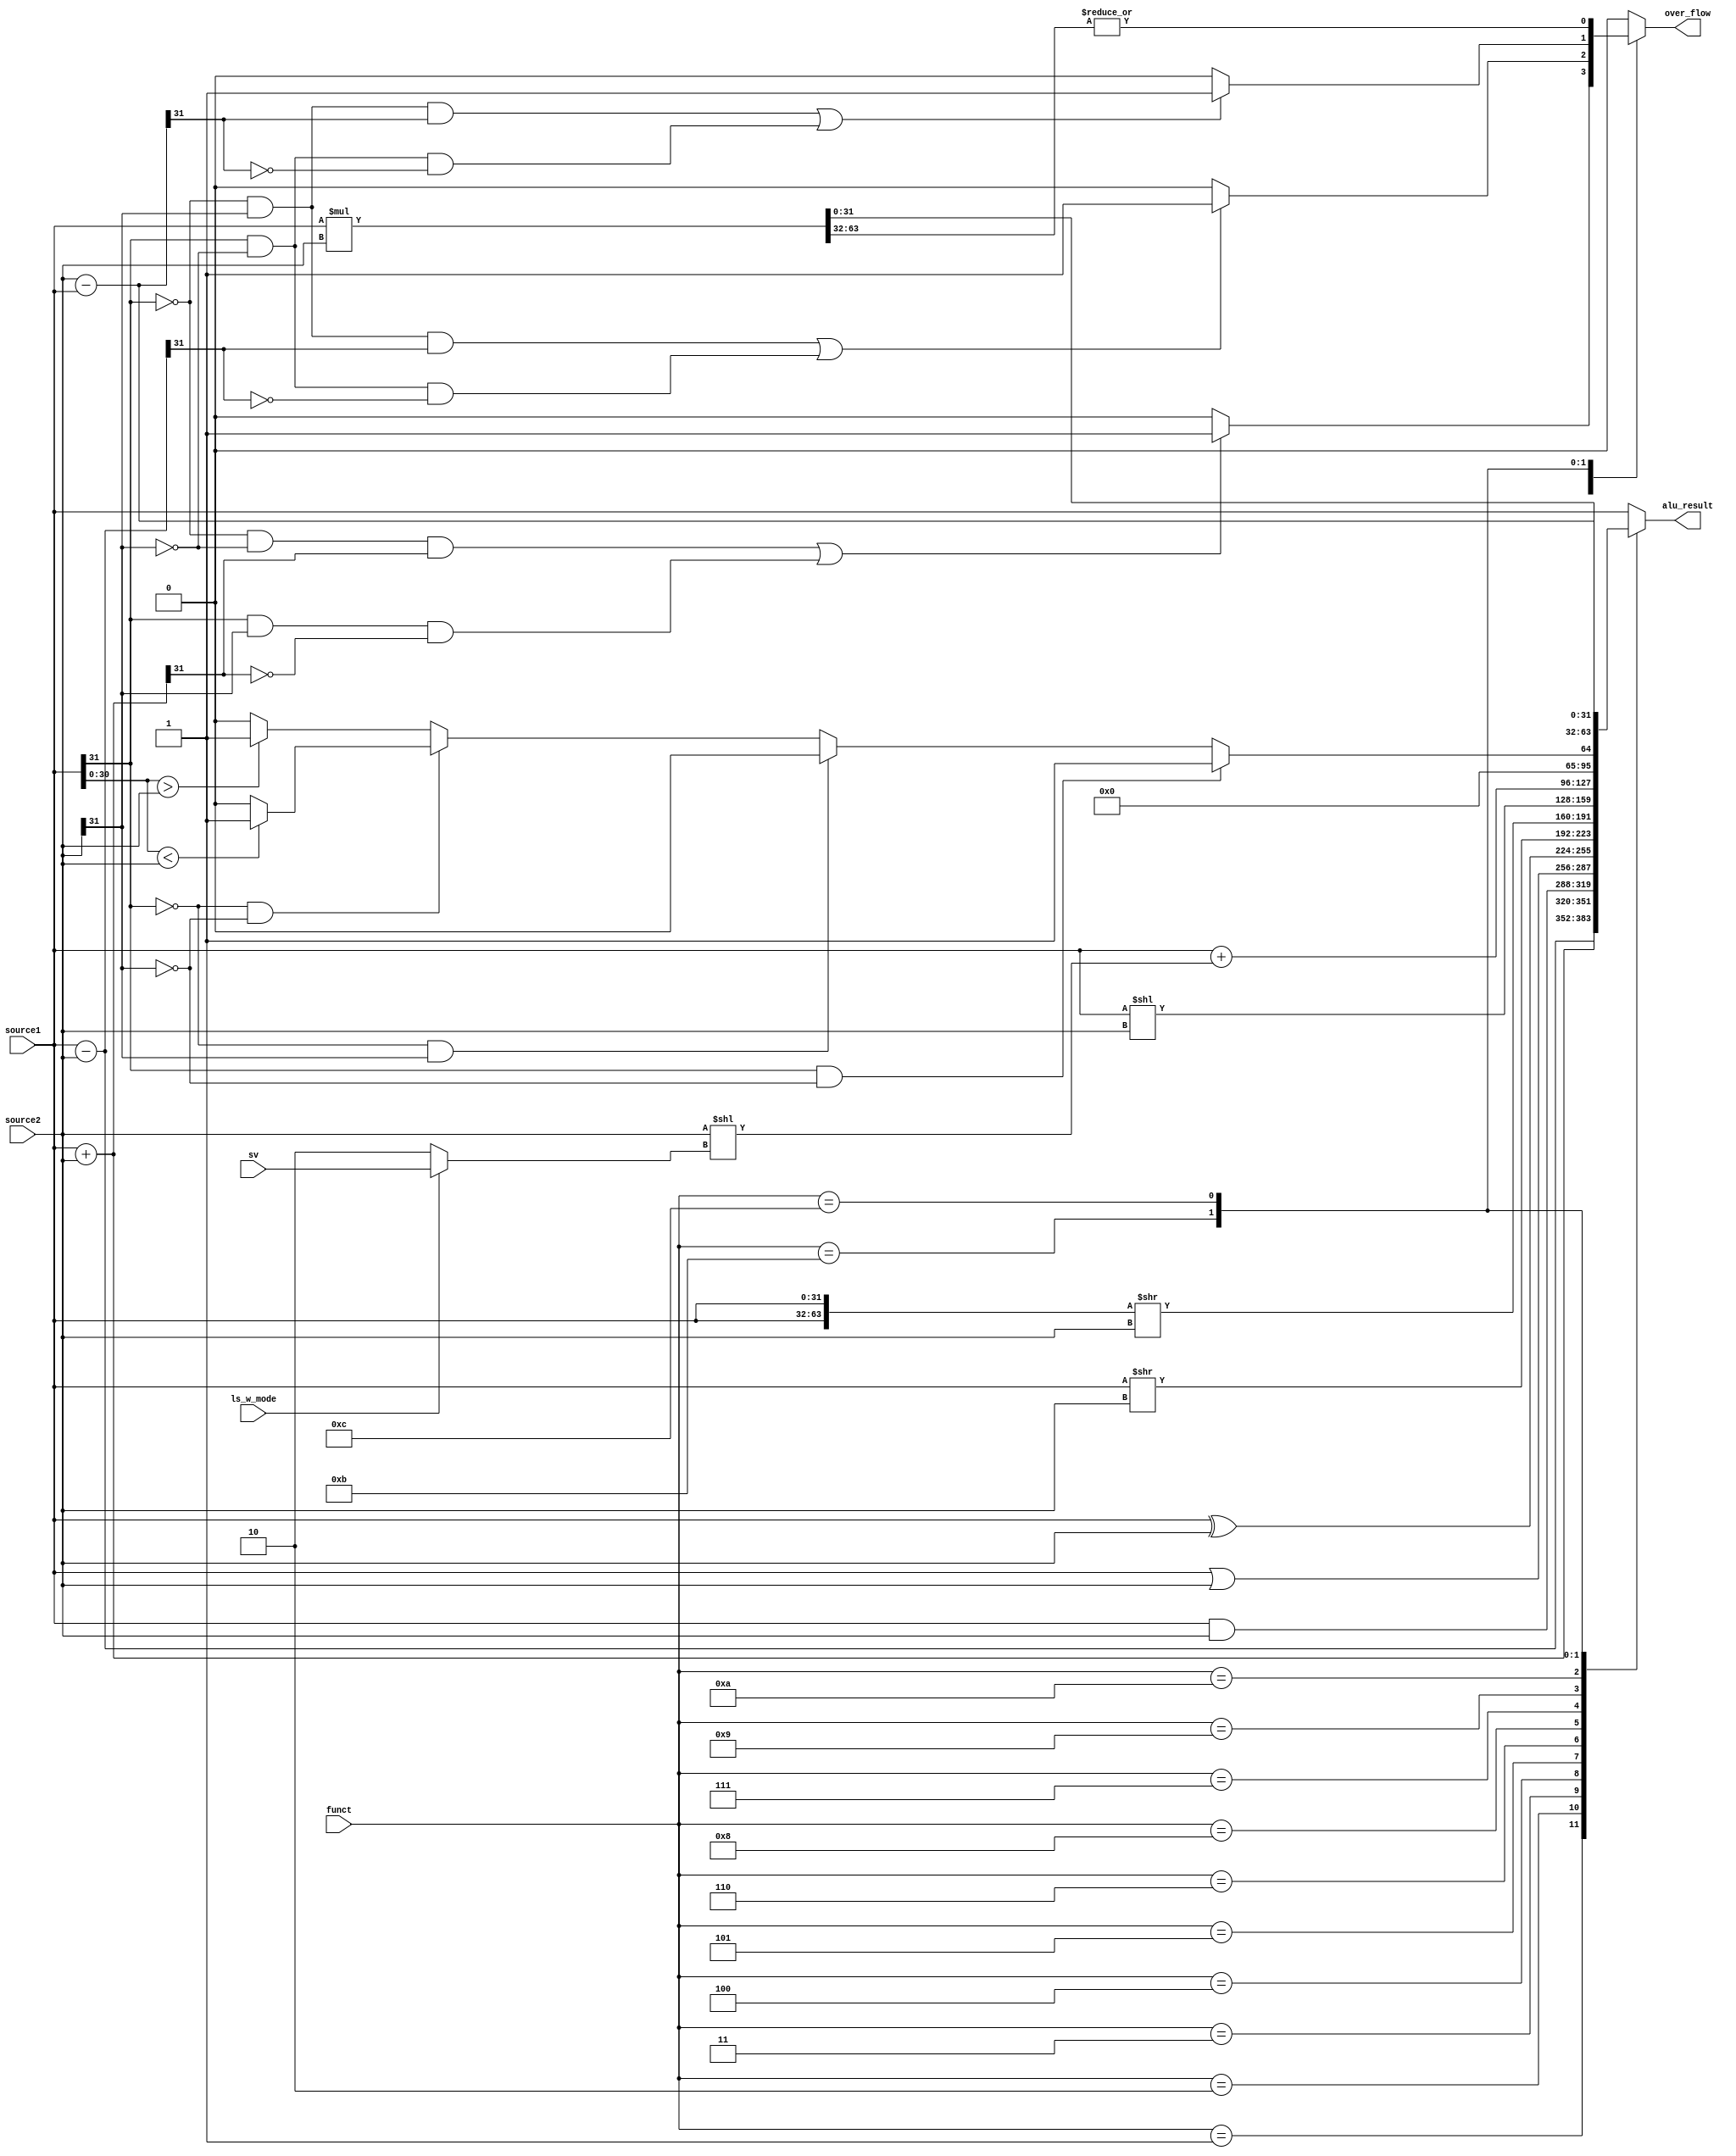
`timescale 1ns/10ps

module ALU(ls_w_mode, funct, sv, source1, source2, over_flow, alu_result);
input [3:0] funct;
input ls_w_mode;
input [1:0] sv;
input [31:0] source1, source2;

output reg over_flow;
output reg [31:0] alu_result;


`define NOP 	4'd0
`define ADD 	4'd1
`define SUB 	4'd2
`define AND 	4'd3
`define OR 		4'd4
`define XOR 	4'd5
`define SRLI 	4'd6
`define SLLI 	4'd7
`define ROTRI 	4'd8
`define LSW		4'd9
`define	SLT		4'd10
`define SUBRI	4'd11
`define	MUL		4'd12



wire [31:0] offset = source2 << ((ls_w_mode)?sv:2);
wire [63:0] rotate_tmp = {source1, source1} >> source2;
wire [63:0] alu_temp = source1 * source2;
always@(funct, offset, source1, source2, rotate_tmp, alu_temp)
begin
		case(funct)
			`ADD: begin
				
				alu_result = source1 + source2;
				if((!source1[31] && !source2[31] && alu_result[31]) || 
					(source1[31] && source2[31] && !alu_result[31])) 
					over_flow = 1;
				else over_flow = 0;
				end
			`SUB: begin
				
				alu_result = source1 - source2;
				if((!source1[31] && source2[31] && alu_result[31]) || 
					(source1[31] && !source2[31] && !alu_result[31])) 
					over_flow = 1;
				else over_flow = 0;
			end
			`AND: begin
				
				alu_result = source1 & source2;
				over_flow = 0;
			end
			`OR: begin
				alu_result = source1 | source2;
				over_flow = 0;
			end
			`XOR: begin
				
				alu_result = source1 ^ source2;
				over_flow = 0;
			end
			`SRLI: begin
				
				alu_result = source1 >> source2;
				over_flow = 0;
			end
			`ROTRI: begin
				
				alu_result =  rotate_tmp[31:0];
				over_flow = 0;
			end
			`SLLI: begin
				
				alu_result = source1 << source2;
				over_flow = 0;
			end	
			`LSW: begin
				
				alu_result = source1 + offset;
				over_flow = 0;
			end
			`SLT: begin///
				if (source1[31]==1 && source2[31]==0) begin
				alu_result = 32'd1;
				over_flow = 0;
				end
				else if (source1[31]==0 && source2[31]==1) begin
				alu_result = 32'd0;
				over_flow = 0;
				end
				else if ( source1[31]==0 && source2[31]==0) begin
						if (source1[30:0]<source2[31:0]) begin
							alu_result = 32'd1;
							over_flow = 0;
						end
						else begin
						alu_result = 32'd0;
						over_flow = 0;
						end
				end
				else  begin
						if (source1[30:0]>source2[31:0]) begin
							alu_result = 32'd1;
							over_flow = 0;
							end
							else begin
							alu_result = 32'd0;
							over_flow = 0;
							end
				end
				
			end
			`SUBRI: begin
			
				alu_result = source2 - source1;
				if((!source1[31] && source2[31] && alu_result[31]) || 
					(source1[31] && !source2[31] && !alu_result[31])) 
					over_flow = 1;
				else over_flow = 0;
			end
			`MUL: begin
				
				alu_result = alu_temp[31:0];
				over_flow =  |alu_temp[63:32];
			end
			default: begin
				alu_result = source1 >> 1'd0;
				over_flow = 0;
			end				
		endcase
	
end

endmodule